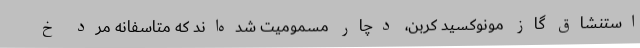
استنشاق گاز مونوکسید کربن، دچار مسمومیت شده‌اند که متاسفانه مرد خ